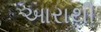
આરાથી